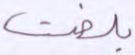
بلغت